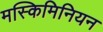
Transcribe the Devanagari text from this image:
मस्किमिनियन